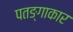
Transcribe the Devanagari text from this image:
पतङ्गाकार